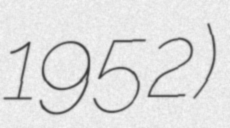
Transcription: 1952)